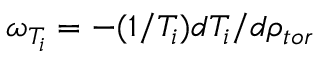
\omega _ { T _ { i } } = - ( 1 / T _ { i } ) d T _ { i } / d \rho _ { t o r }